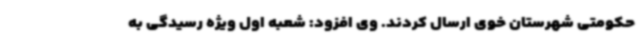
حکومتی شهرستان خوی ارسال کردند. وی افزود: شعبه اول ویژه رسیدگی به